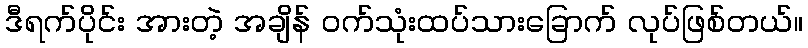
ဒီရက်ပိုင်း အားတဲ့ အချိန် ဝက်သုံးထပ်သားခြောက် လုပ်ဖြစ်တယ်။